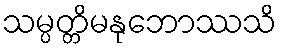
သမ္ပတ္တိမနုဘောဿသိ